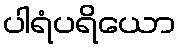
ပါရံပရိယော